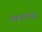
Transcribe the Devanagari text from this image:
एक्वारियस